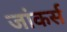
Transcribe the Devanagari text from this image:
जांकर्स